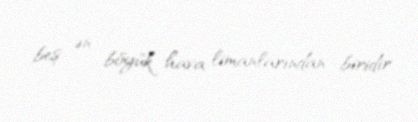
beş ən böyük hava limanlarından biridir.